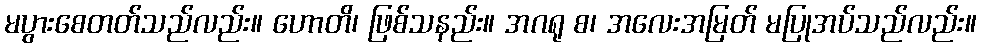
မပွားစေတတ်သည်လည်း။ ဟောတိ၊ ဖြစ်သနည်း။ အဂရု စ၊ အလေးအမြတ် မပြုအပ်သည်လည်း။